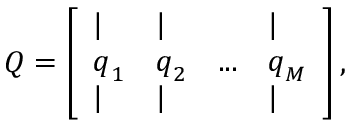
Q = \left[ \begin{array} { l l l l } { \vert } & { \vert } & { ~ } & { \vert } \\ { \boldsymbol { q } _ { 1 } } & { \boldsymbol { q } _ { 2 } } & { . . . } & { \boldsymbol { q } _ { M } } \\ { \vert } & { \vert } & { ~ } & { \vert } \end{array} \right] ,